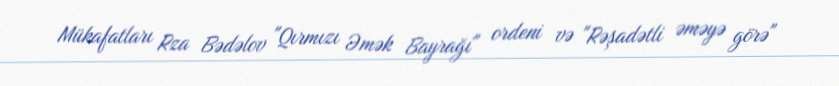
Mükafatları Rza Bədəlov "Qırmızı Əmək Bayrağı" ordeni və "Rəşadətli əməyə görə"